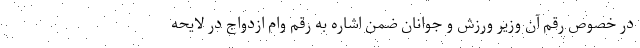
در خصوص رقم آن وزیر ورزش و جوانان ضمن اشاره به رقم وام ازدواج در لایحه